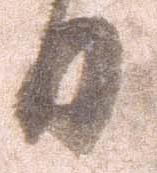
日